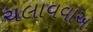
ચલાવવાઅ